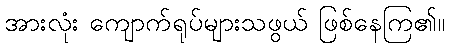
အားလုံး ကျောက်ရုပ်များသဖွယ် ဖြစ်နေကြ၏။